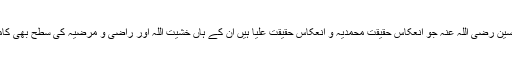
اور امام حسین رضی اللہ عنہ جو انعکاس حقیقت محمدیہ و انعکاس حقیقت علیا ہیں ان کے ہاں خشیت اللہ اور راضی و مرضیہ کی سطح بھی کامل تر ہے۔